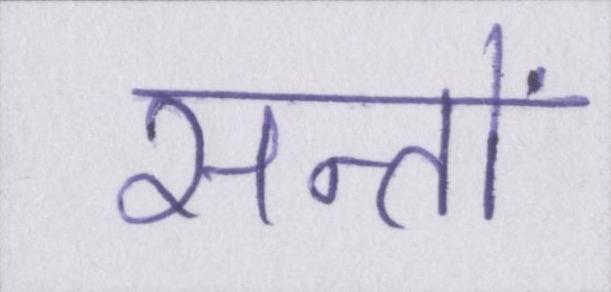
सन्तों